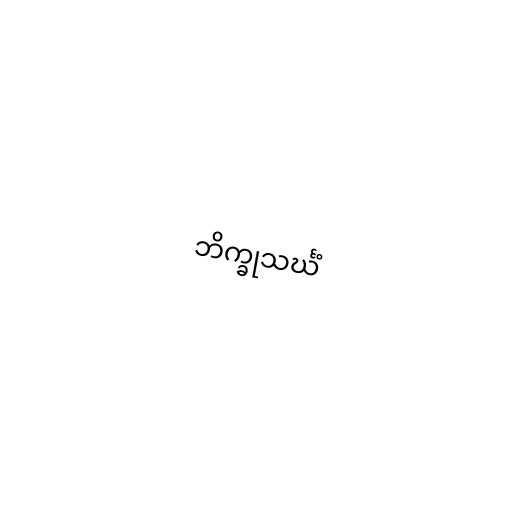
ဘိက္ခုသင်္ဃံ